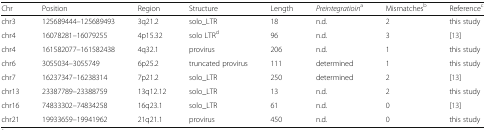
<table><thead><tr><td><b>Chr</b></td><td><b>Position</b></td><td><b>Region</b></td><td><b>Structure</b></td><td><b>Length</b></td><td><b><i>Preintegratioin</i><sup>a</sup></b></td><td><b>Mismatches<sup>b</sup></b></td><td><b>Reference<sup>c</sup></b></td></tr></thead><tbody><tr><td>chr3</td><td>125689444–125689493</td><td>3q21.2</td><td>solo_LTR</td><td>18</td><td>n.d.</td><td>2</td><td>this study</td></tr><tr><td>chr4</td><td>16078281–16079255</td><td>4p15.32</td><td>solo LTR<sup>d</sup></td><td>96</td><td>n.d.</td><td>3</td><td>[13]</td></tr><tr><td>chr4</td><td>161582077–161582438</td><td>4q32.1</td><td>provirus</td><td>206</td><td>n.d.</td><td>1</td><td>this study</td></tr><tr><td>chr6</td><td>3055034–3055749</td><td>6p25.2</td><td>truncated provirus</td><td>111</td><td>determined</td><td>1</td><td>this study</td></tr><tr><td>chr7</td><td>16237347–16238314</td><td>7p21.2</td><td>solo_LTR</td><td>250</td><td>determined</td><td>2</td><td>[13]</td></tr><tr><td>chr13</td><td>23387789–23388759</td><td>13q12.12</td><td>solo_LTR</td><td>13</td><td>n.d.</td><td>2</td><td>this study</td></tr><tr><td>chr16</td><td>74833302–74834258</td><td>16q23.1</td><td>solo_LTR</td><td>61</td><td>n.d.</td><td>0</td><td>[13]</td></tr><tr><td>chr21</td><td>19933659–19941962</td><td>21q21.1</td><td>provirus</td><td>450</td><td>n.d.</td><td>0</td><td>this study</td></tr></tbody></table>